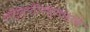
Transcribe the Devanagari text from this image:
संस्कृतीरक्षणाचे